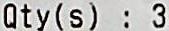
QTY(S) : 3